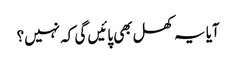
آیا یہ کھل بھی پائیں گی کہ نہیں؟